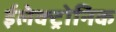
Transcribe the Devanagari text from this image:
ईलेक्ट्रोनिक